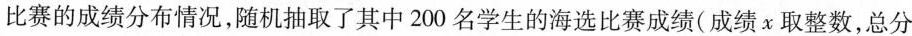
比赛的成绩分布情况,随机抽取了其中200 中海选比赛成绩(成绩x 取整数总分